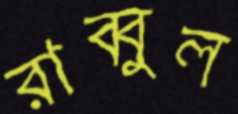
রাব্বুল